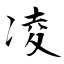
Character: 凌